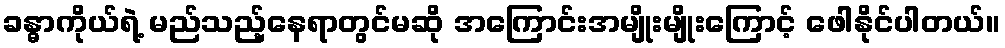
ခန္ဓာကိုယ်ရဲ့ မည်သည့်နေရာတွင်မဆို အကြောင်းအမျိုးမျိုးကြောင့် ဖေါနိုင်ပါတယ်။